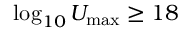
\log _ { 1 0 } U _ { \mathrm { m a x } } \ge 1 8